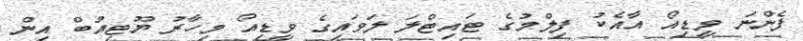
ފެންނަ ވީޑިއޯ އާއެކު ފިލްމުގެ ޓައިޓްލަ ލަވައިގެ ވީޑިއޯ މިހާރު ޔޫޓިއުބް އިން